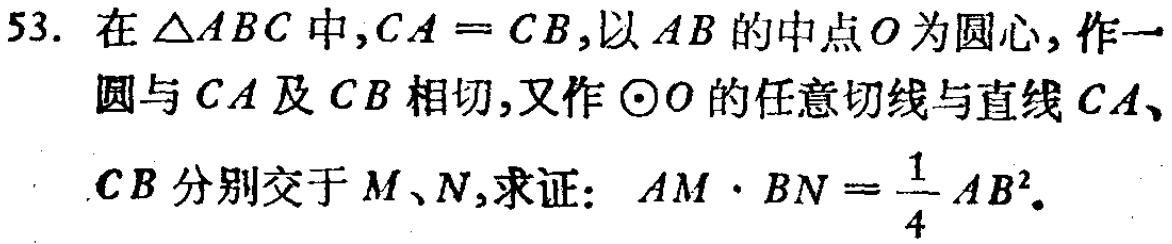
53. 在$\triangle ABC$中，$CA = CB$，以$AB$的中点$O$为圆心，作一圆与$CA$及$CB$相切，又作$\odot O$的任意切线与直线$CA$、$CB$分别交于$M$、$N$，求证：$AM\cdot BN=\frac{1}{4}AB^{2}$。